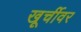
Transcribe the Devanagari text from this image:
खूर्चीवर